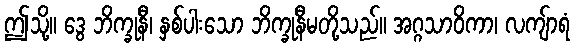
ဤသို့။ ဒွေ ဘိက္ခုနီ၊ နှစ်ပါးသော ဘိက္ခုနီမတို့သည်။ အဂ္ဂသာဝိကာ၊ လကျ်ာရံ